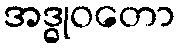
အဒ္ဓုဝတော